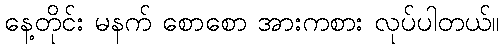
နေ့တိုင်း မနက် စောစော အားကစား လုပ်ပါတယ်။